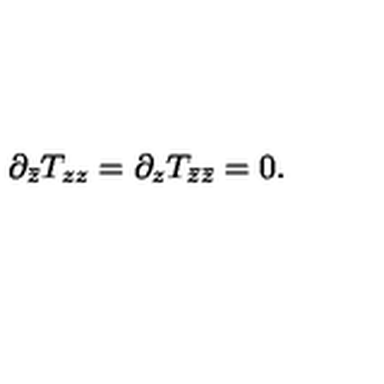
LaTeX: \partial _ { \bar { z } } T _ { z z } = \partial _ { z } T _ { \bar { z } \bar { z } } = 0 .